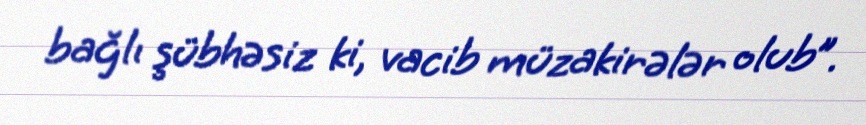
bağlı şübhəsiz ki, vacib müzakirələr olub”.